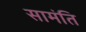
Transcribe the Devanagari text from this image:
सामंति